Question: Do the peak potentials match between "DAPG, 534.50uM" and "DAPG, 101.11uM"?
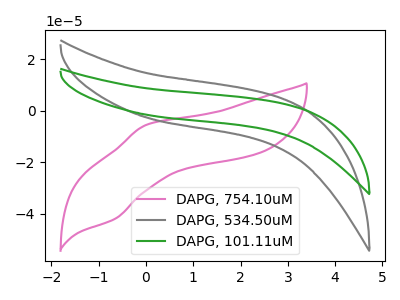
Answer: <think>The pink curve "DAPG, 754.10uM" has an anodic peak at (0.00V, -5.50uA) and a cathodic peak at (-0.65V, -42.00uA). The gray curve "DAPG, 534.50uM" has no peaks. The green curve "DAPG, 101.11uM" has no peaks.</think>
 <answer>Niether CV has any peaks.</answer>
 <eval>blanks</eval>